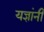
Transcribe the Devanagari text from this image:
यज्ञांनी